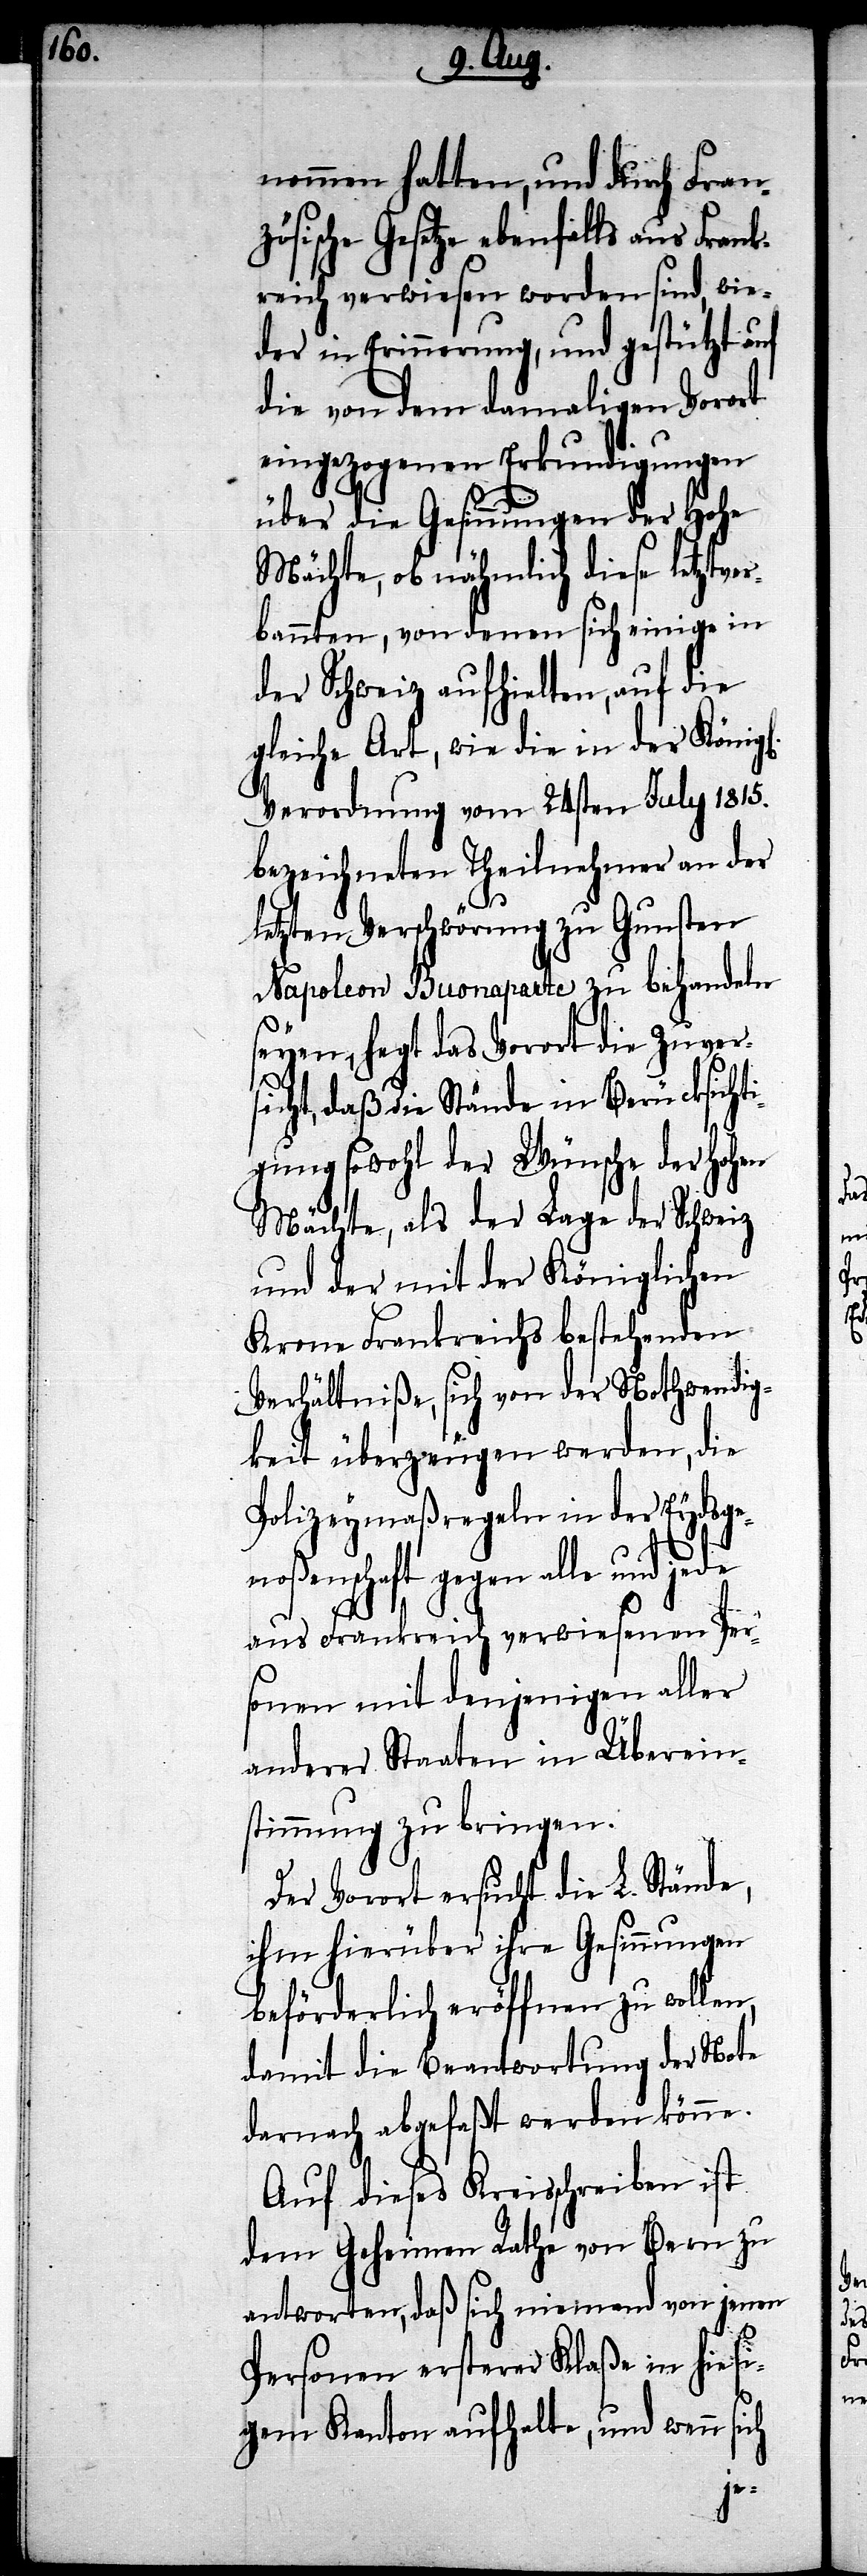
nommen hatten, und durch Fran¬
zösische Gesetze ebenfalls aus Fran¬
kreich verwiesen worden sind, wie¬
der in Erinnerung, und gestützt auf
die von dem damaligen Vorort
eingezogenen Erkundigungen
über die Gesinnungen der Hohen
Mächte, ob nähmlich diese letztver¬
bannten, von denen sich einige in
der Schweiz aufhielten, auf die
gleiche Art, wie die in der Königl.
Verordnung vom 24sten July 1815.
bezeichneten Theilnehmer an der
letzten Verschwörung zu Gunsten
Napoleon Buonaparte zu behandeln
seyen, hegt das Vorort die Zuver¬
sicht, daß die Stände in Berücksichti¬
gung sowohl der Wünsche der hohen
Mächte, als der Lage der Schweiz
und der mit der Königlichen
Krone Frankreichs bestehenden
Verhältniße, sich von der Nothwendig¬
keit überzeugen werden, die
Polizeymaßregeln in der Eydsge¬
noßenschaft gegen alle und jede
aus Frankreich verwiesenen Per¬
sonen mit denjenigen aller
anderer Staaten in Überein¬
stimmung zu bringen.
Der Vorort ersucht die L. Stände,
ihm hierüber ihre Gesinnungen
beförderlich eröffnen zu wollen,
damit die Beantwortung der Note
darnach abgefaßt werden könne.
Auf dieses Kreisschreiben ist
dem Geheimen Rathe von Bern zu
antworten, daß sich niemand von jenen
Personen ersterer Klaße in hiesi¬
gem Kanton aufhalte, und wenn sich